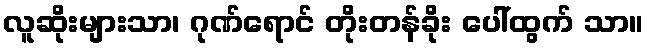
လူဆိုးများသာ၊ ဂုဏ်ရောင် တိုးတန်ခိုး ပေါ်ထွက် သာ။